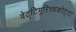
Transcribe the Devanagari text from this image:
वेट्टिमुरिच्चकोट्टा